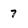
Character: 7